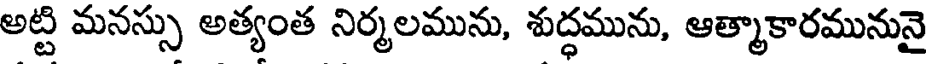
అట్టి మనస్సు అత్యంత నిర్మలమును, శుద్ధమును, ఆత్మాకారమునునై